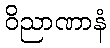
ဝိညာဏာနံ